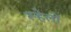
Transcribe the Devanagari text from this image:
रूहेलों